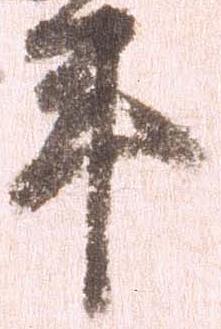
年